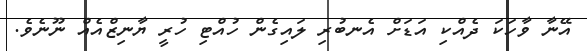
އޭނާ ވާހަކަ ދެއްކި އަޑަށް އެނބުރި ލައިގެން ހުއްޓި ހުރީ ޔާނިޒްއެއް ނޫނެވެ.